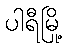
ပါရီမြို့